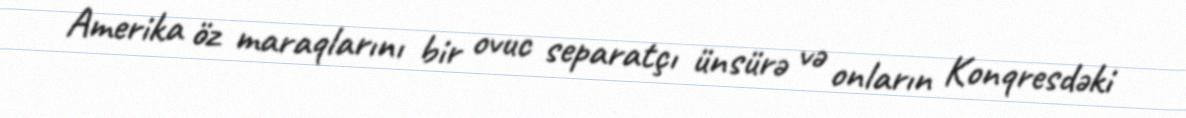
Amerika öz maraqlarını bir ovuc separatçı ünsürə və onların Konqresdəki